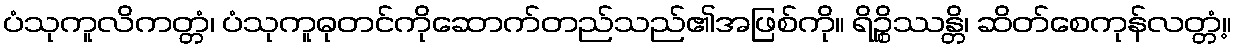
ပံသုကူလိကတ္တံ၊ ပံသုကူဓုတင်ကိုဆောက်တည်သည်၏အဖြစ်ကို။ ရိဉ္စိဿန္တိ၊ ဆိတ်စေကုန်လတ္တံ့။